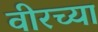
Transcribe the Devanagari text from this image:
वीरच्या